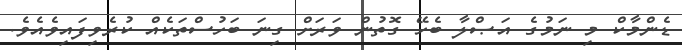
ޑެންމާކް މި ނަމުގެ އަޞްލާ ބެހޭ ގޮތުން ވަރަށް ގިނަ ބަހުސްތަކެެއް ކުރެވިފައިވެއެވެ.